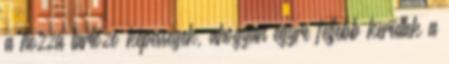
a hozzá tartozó képességek, ahogyan egyre feljebb kerültek a